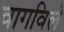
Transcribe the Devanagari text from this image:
वागविले